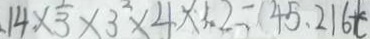
1 4 \times 3 \times 3 ^ { 2 } \times 4 \times 3 . 2 = 4 5 . 2 1 6 t